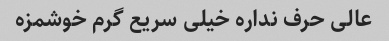
عالی حرف نداره خیلی سریع گرم خوشمزه